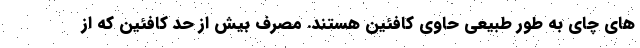
های چای به طور طبیعی حاوی کافئین هستند. مصرف بیش از حد کافئین که از